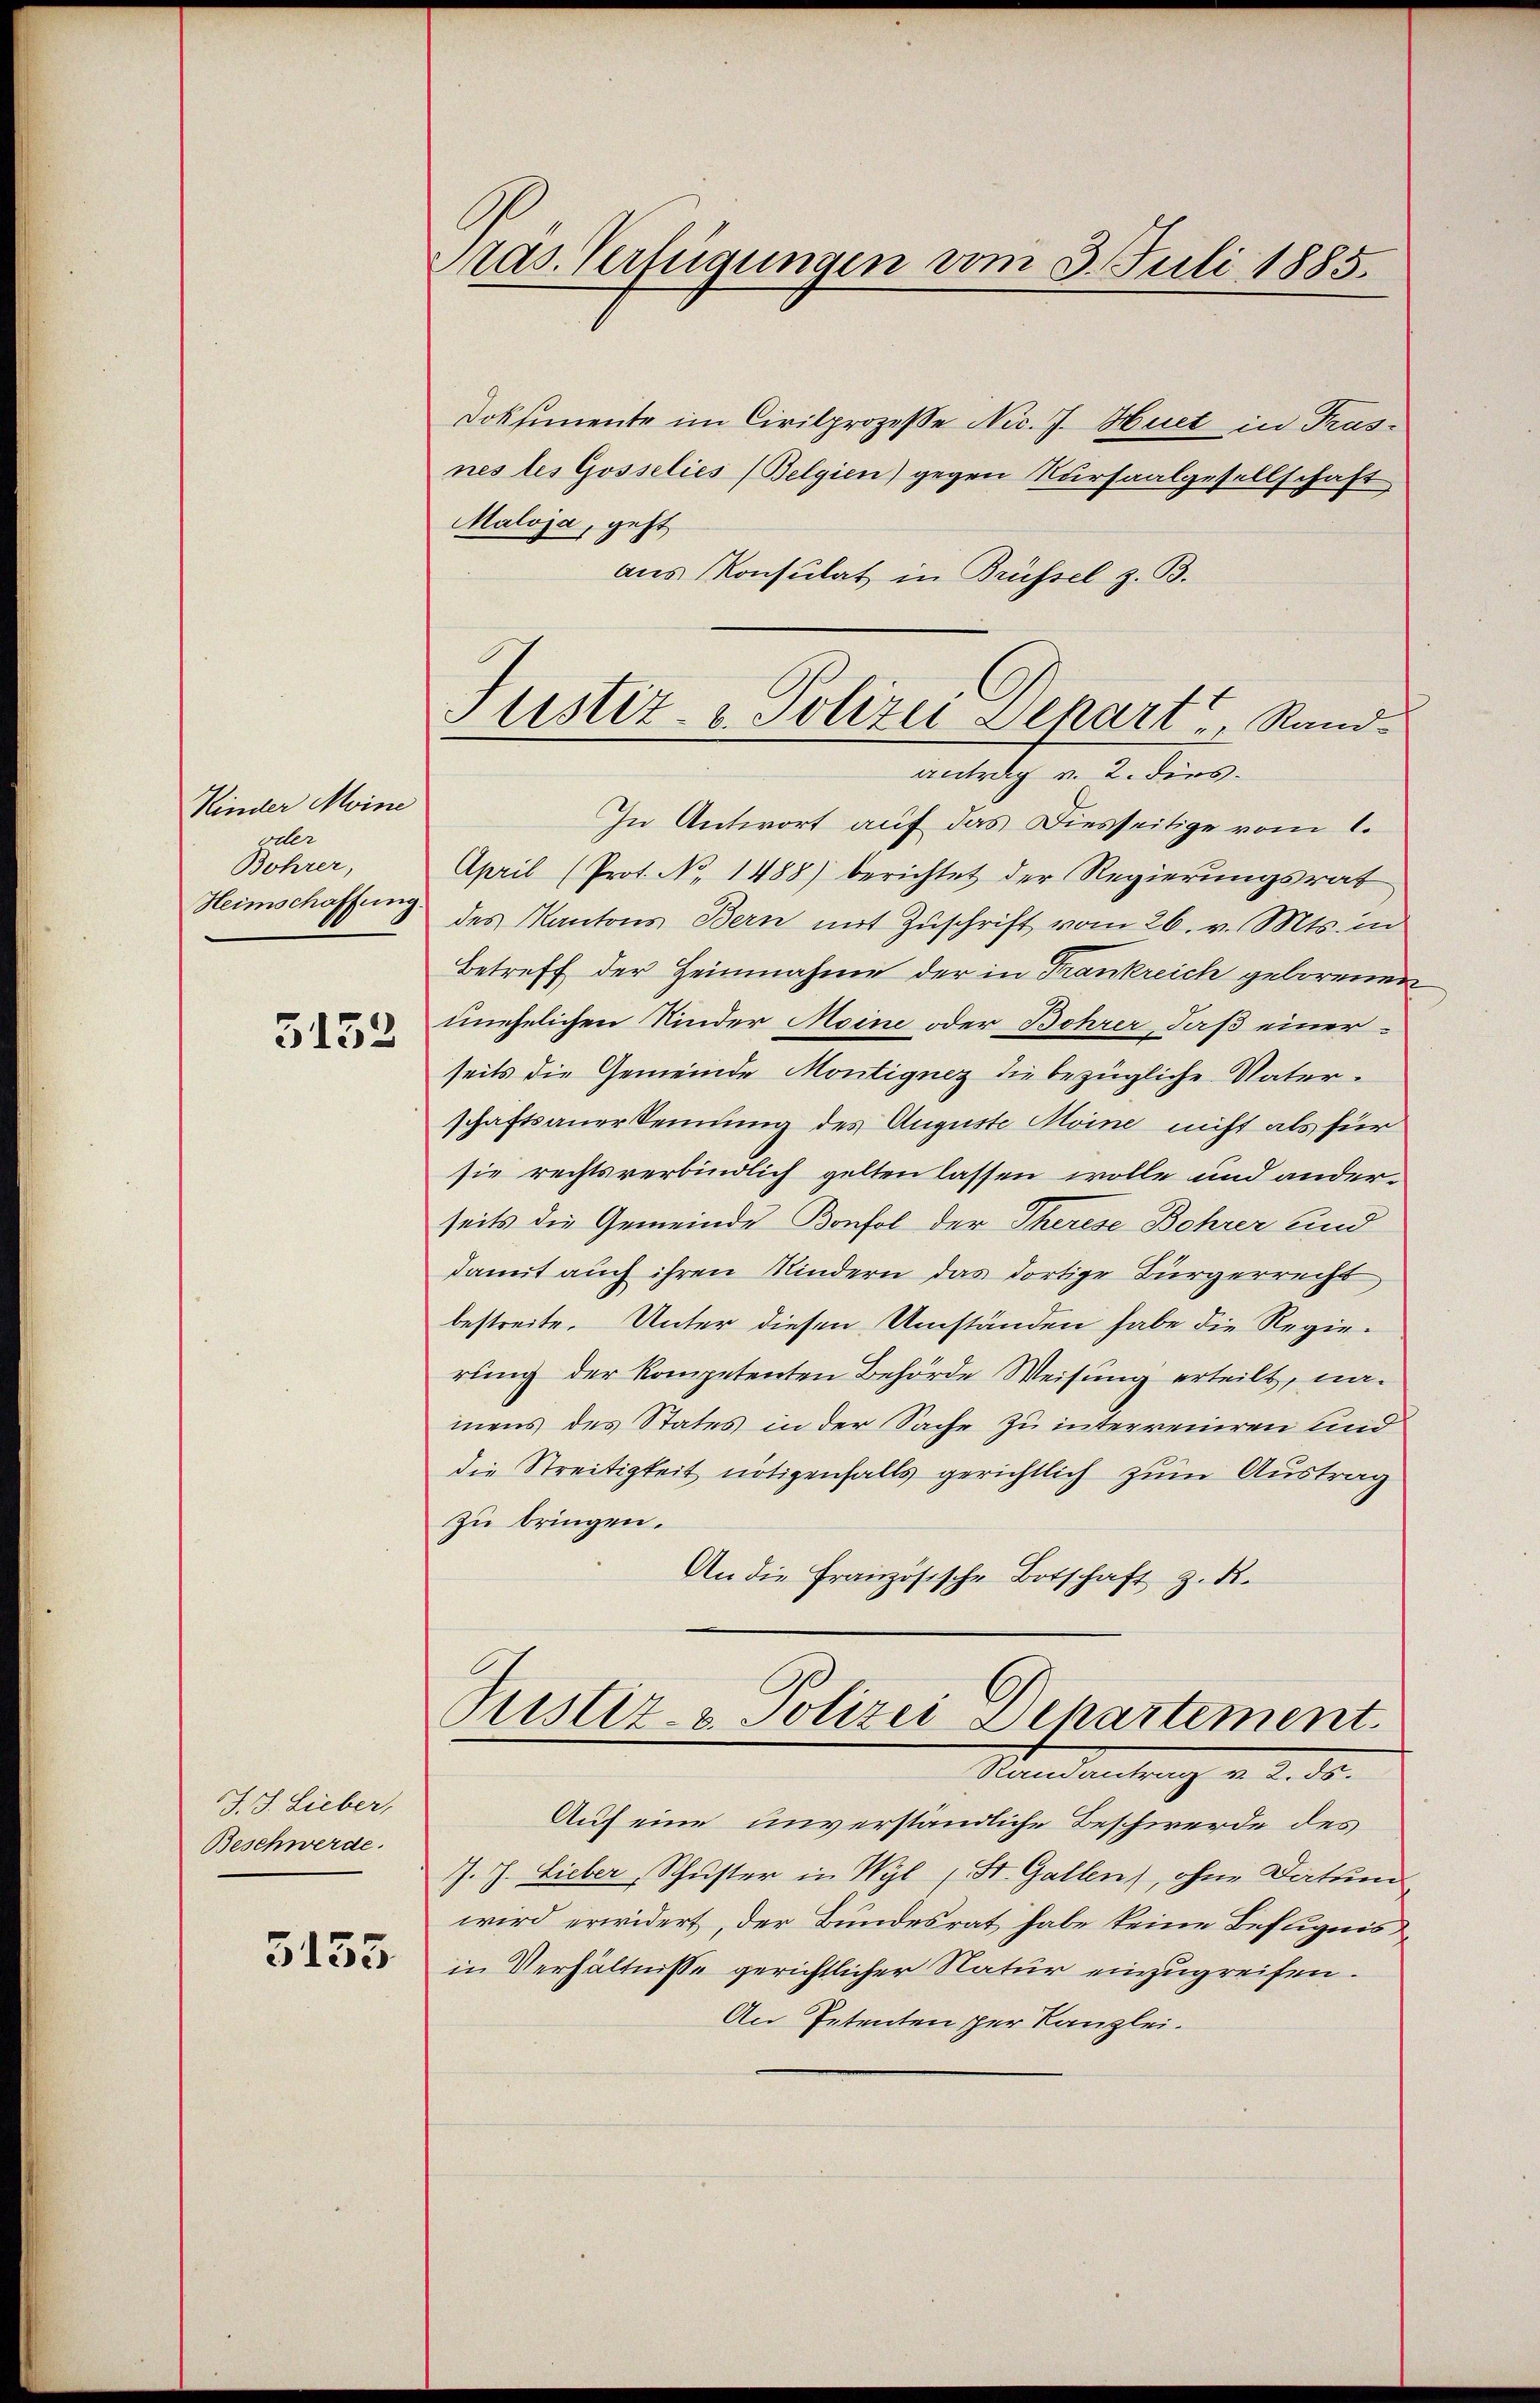
Kinder Meine
oder
Bohrer,
Heimschaffung.
5152

J. J. Lieber,
Beschwerde.

3133

Mas. Verfügungen vom 3. Juli 1885.

Doksemente im Civilprozesse Nic. J. Huet in Trasnes les Gosselies (Belgien) gegen Kursaalgesellschaft
Maloja, geht,
aus Konsulat in Brüssel z. B.
In Antwort auf das Diesseitige vom 1.
April (Prot. No. 1488) berichtet der Regierungsrat
des Kantons Bern mit Zuschrift vom 26. v. Mts. in
Betreff der Heinnahme der in Frankreich geborenen
unehelichen Kinder Meine oder Bohrer, daß einerseits die Gemeinde Montignez die bezügliche Vaterschaftsanerkennung des Auguste Moine nicht als für
sie rechtsverbindlich gelten lassen wolle und anderseits die Gemeinde Konfol der Therese Behrer und
damit auch ihren Kindern das dortige Bürgerrecht
bestreite. Unter diesen Umständen habe die Regierung der kompetenten Behörde Weisung erteilt, namens des States in der Sache zu interreiren sind
die Streitigkeit nötigenfalls gerichtlich zum Austrag
zu bringen.
An die Französische Botschaft z. d.
Justiz- & Polizei Departement.
Standeutung v. 2. ds.
Auf eine unverständliche Beschwerde des
J. J. Lieber, Schuster in Wyl (St. Gallen), ohne Datum
wird erwidert, der Bundesrat habe keine Befugnis
in Verhältnisse gerichtlicher Natur einzugreifen.
An Petenten per Kanzlei.

Justiz- u. Polizei Depart, Rand
antrag v. 2. dies